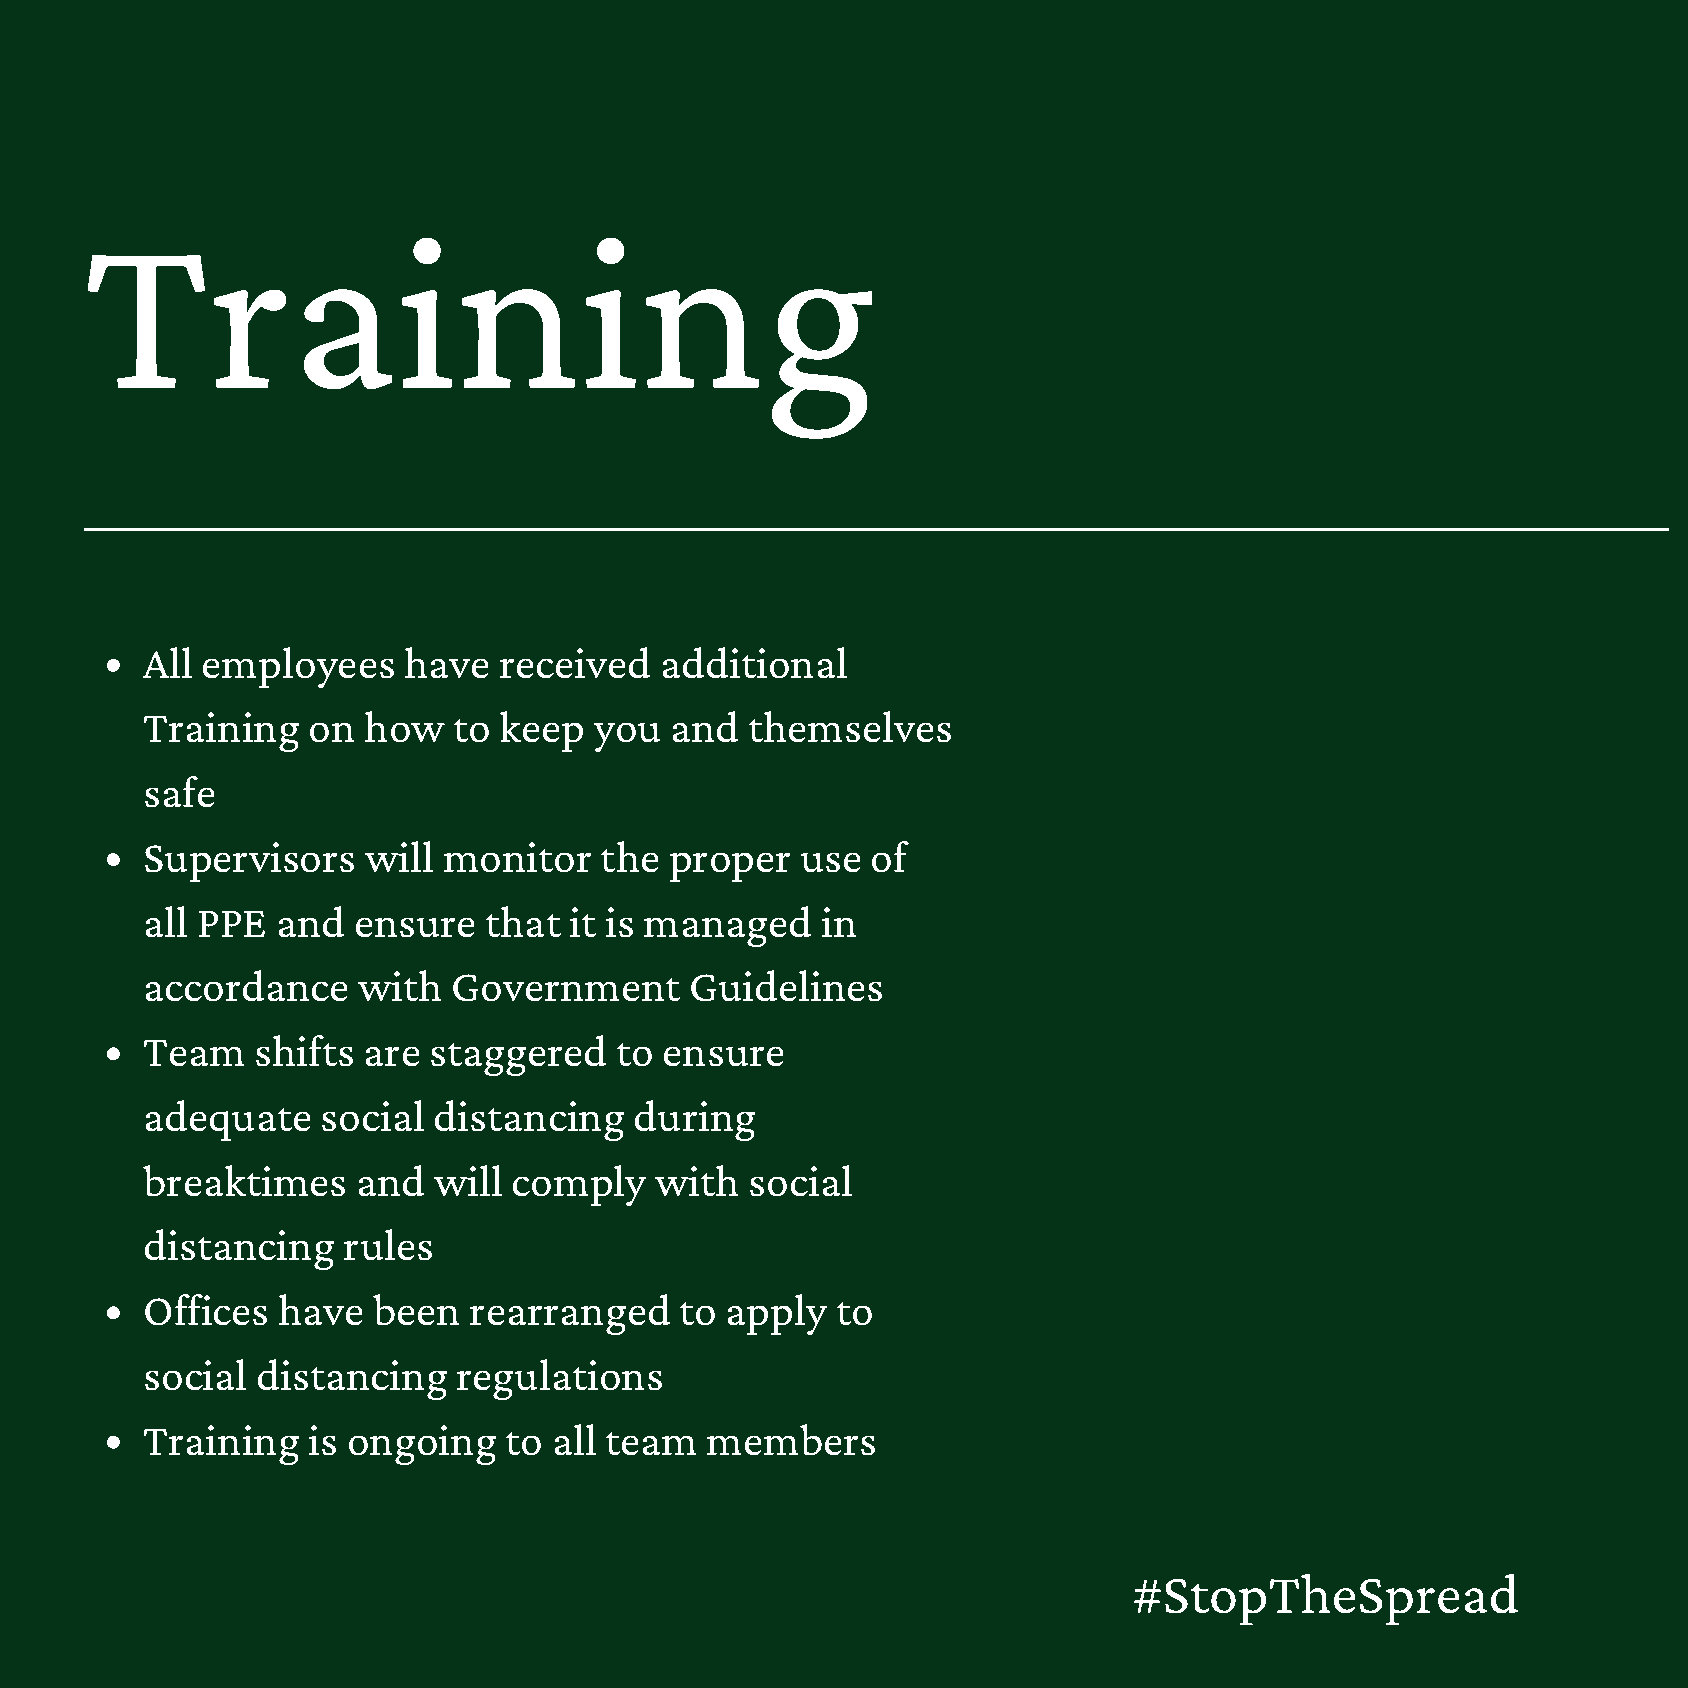
Training
 All employees     have  received   additional
 Training   on  how   to keep  you  and   themselves
 safe
 Supervisors    will monitor    the proper   use  of
 all PPE  and  ensure   that  it is managed   in
 accordance     with  Government      Guidelines
 Team    shifts are staggered    to ensure
 adequate    social  distancing   during
 breaktimes     and  will comply   with   social
 distancing    rules
 Offices  have   been  rearranged    to apply  to
 social  distancing   regulations
 Training   is ongoing   to  all team  members
 #StopTheSpread